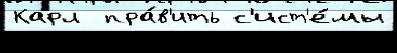
Карл  пра́в'ить с'ист'е́мы